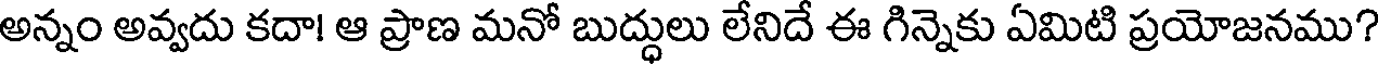
అన్నం అవ్వదు కదా! ఆ ప్రాణ మనో బుద్ధులు లేనిదే ఈ గిన్నెకు ఏమిటి ప్రయోజనము?